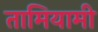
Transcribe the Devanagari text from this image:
तामियामी